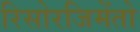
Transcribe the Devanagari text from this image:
रिसोरजिमेंतो